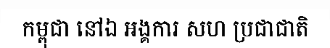
កម្ពុជា នៅឯ អង្គការ សហ ប្រជាជាតិ